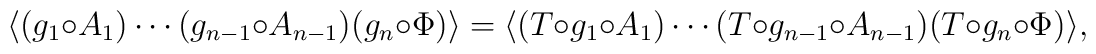
\langle (g_1\circ A_1)\cdots(g_{n-1}\circ A_{n-1})(g_n\circ\Phi)\rangle =\langle(T\circ g_1\circ A_1)\cdots(T\circ g_{n-1}\circ A_{n-1})(T\circ g_n\circ \Phi)\rangle ,